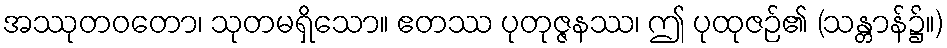
အဿုတဝတော၊ သုတမရှိသော။ ဧတဿ ပုတုဇ္ဇနဿ၊ ဤ ပုထုဇဉ်၏ (သန္တာန်၌။)